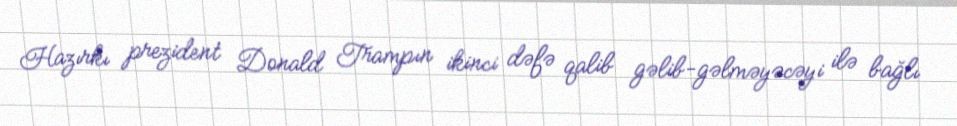
Hazırkı prezident Donald Trampın ikinci dəfə qalib gəlib-gəlməyəcəyi ilə bağlı